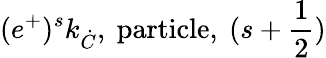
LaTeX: (e^{+})^{s}k_{\dot{C}}\mathrm{,~particle,~}(s+\frac{1}{2})